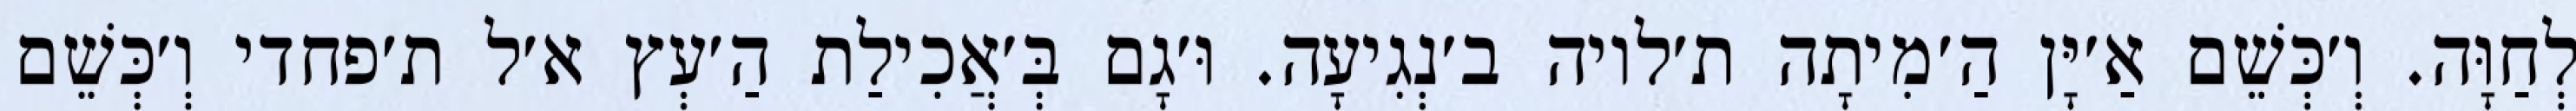
לְחַוָּה. וְ׳כְּשֵׁם אַ׳יָּן הַ׳מִיתָה ת׳לויה ב׳נְגִיעָה. וּ׳גָם בְּ׳אֲכִילַת הַ׳עְץ א׳ל ת׳פחדי וְ׳כְּשֵׁם